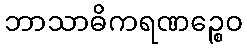
ဘာသာဓိကရဏဉ္စေဝ